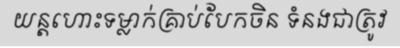
យន្តហោះទម្លាក់គ្រាប់បែកចិន ទំនងជាត្រូវ